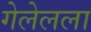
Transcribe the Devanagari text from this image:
गेलेलला